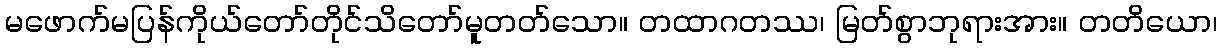
မဖောက်မပြန်ကိုယ်တော်တိုင်သိတော်မူတတ်သော။ တထာဂတဿ၊ မြတ်စွာဘုရားအား။ တတိယော၊